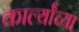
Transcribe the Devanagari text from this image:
कार्ल्यांच्या